Medical and sanitary report of the native army of Bengal for the year
Year: 1876
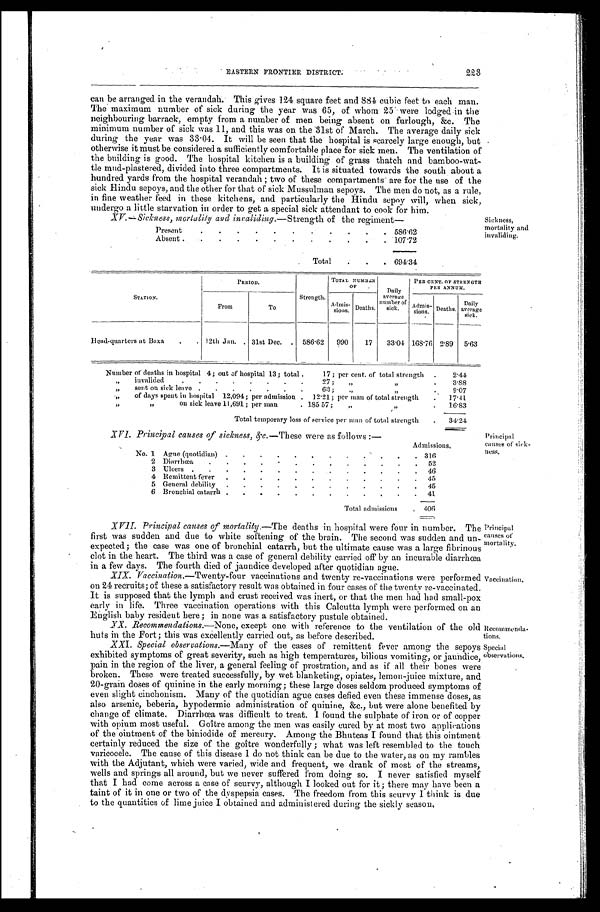
tecommenda-
ions.
Special
observations.
223
EASTERN FRONTIER DISTRICT.
can be arranged in the verandah. This gives 124 square feet and 881 cubic feet to each man.
'The maximum number of sick during the year was 65, of whom 25 were lodged in the
neighbouring barrack, empty from a number of men being absent on furlough, &c. The
minimum number of sick was 11, and this was on the 31st of March. The average daily sick
duri ng t he year was 33. 04. It wi l l be seen t hat t he hospi t al i s scarcel y l arge enough, but
otherwise it must be considered a sufficiently comfortable place for sick men. The ventilation of
the building is good. The hospital kitchen is a building of grass thatch and bamboo-wat-
tle mud-plastered, divided into three compartments. It is situated towards the south about a
hundred yards from the hospital verandah ; two of these compartments are for the use of the
sick Hindu sepoys, and the other for that of' sick Mussulman sepoys. The men do not, as a rule,
in fine weather feed in these kitchens, and particularly the Hindu sepoy will, when sick,
undergo a little starvation in order to get a special sick attendant to cook for him.
XV.-Sickness, mortality and inraliding.— Strength of the regiment
Present
5 8 6 . 6 2
Absent
1 0 7 . 7 2
T o t a l
6 9 4 . 3 4
Sickness,
mortality and
invaliding.
S T A T I O N .
P E R I O D .
Strength.
TOTAL NUMBER OF
PER CENT. OF STRENGTH PER ANNUM.
Fr om.
To.
Admissions. Deaths.
Daily average of sick.
Admissions. Deaths. Dai l y average si ck.
Head-quarters at Baxa
1 2 t h J a n 31st Dec
5 8 6 . 6 2
9 9 0
1 7
3 3 . 0 4 168.76
2 . 8 9
5.63
N u m b e r o f d e a t h s i n h o s p i t a l 4 ; o u t o f h o s p i t a l 1 3 ; t o t a l
1 7 ; p e r c e n t . o f t o t a l s t r e n g t h
2 . 4 4
,, invalided
2 7 ; , , , ,
3 . 8 8
, , s e n t o n s i c k l e a v e
6 3 ; , , , ,
9 . 0 7
,, of days spent in hospital 12,094; per admission
1 2 . 2 1 ; p e r m a n o f t o t a l s t r e n g t h
1 7 . 4 1
, , , , o n s i c k l e a v e 1 1 , 6 9 1 ; p e r m a n
1 8 5 . 5 7 ; , , , ,
1 6 . 8 3
T o t a l t e m p o r a r y l o s s o f s e r v i c e p e r m a n o f t o t a l s t r e n g t h
3 4 . 2 4
XVI. Principal causes of sickness, & c.-These were as follows :—
Admissions.
No. 1 Ague (quotidian)
3 1 6
2 Diarrhoea
5 2
3 Ulcers
4 6
4 Remittent fever
4 5
5 General debility
4 5
6 Bronchial catarrh
4 1
T o t a l a d m i s s i o n s
4 0 6
Principal
causes of sick-
ness.
XVII. Principal causes of mortality.—The deaths in hospital were four in number. The
first was sudden and due to white softening of the brain. The second was sudden and un-
expected; the case was one of bronchial catarrh, but the ultimate cause was a large fibrinous
clot in the heart. The third was a case of general debility carried off by an incurable diarrhoea,
in a few days. The fourth died of jaundice developed after quotidian ague.
XIX. Vaccination.—Twenty-four vaccinations and twenty re-vaccinations were performed
on 24 recruits; of these a satisfactory result was obtained in four cases of the twent y re-vaccinated.
It is supposed that the lymph and crust received was inert, or that the men had bad small-pox
early in life. Three vaccination operations with this Calcutta lymph were performed on an
English baby resident here; in none was a satisfactory pustule obtained.
XX.
Recommendations.—None, except one with reference to the ventilation of the old
huts in the Fort ; this was excellently carried out, as before described.
XXI. Special observations.—Many of the cases of remittent fever among the sepoys
exhibited symptoms of great severity, such as high temperatures, bilious vomiting, or jaundice,
pain in the region of the liver, a general feeling of prostration, and as if all their bones were
broken. These were treated successfully, by wet blanketing, opiates, lemon-juice mixture, and
20-grain doses of quinine in the early morning; these large doses seldom produced symptoms of
even slight cinchonism. Many of the quotidian ague cases defied even these immense doses, as
also arsenic, beberia, hypodermic administration of quinine, &c., but were alone benefited by
change of climate. Diarrhoea was difficult to treat. I found the sulphate of iron or of copper
with opium most useful. Goître among the men was easily cured by at most two applications
of the ointment of the biniodide of mercury. Among the Bhuteas I found that this ointment
certainly reduced the size of the goître wonderfully ; what was left resembled to the touch
varicocele. The cause of this disease I do not think can be due to the water, as on my rambles
with the Adjutant, which were varied, wide and frequent, we drank of most of the streams,
wells and springs all around, but we never suffered from doing so. I never satisfied myself
that I had come across a case of scurvy, although I looked out for it; there may have been a
taint of it in one or two of the dyspepsia cases. The freedom from this scurvy I think is due
to the quantities of lime juice I obtained and administered during the sickly season.
Principal
'.asses of
nortality.
Vaccination.